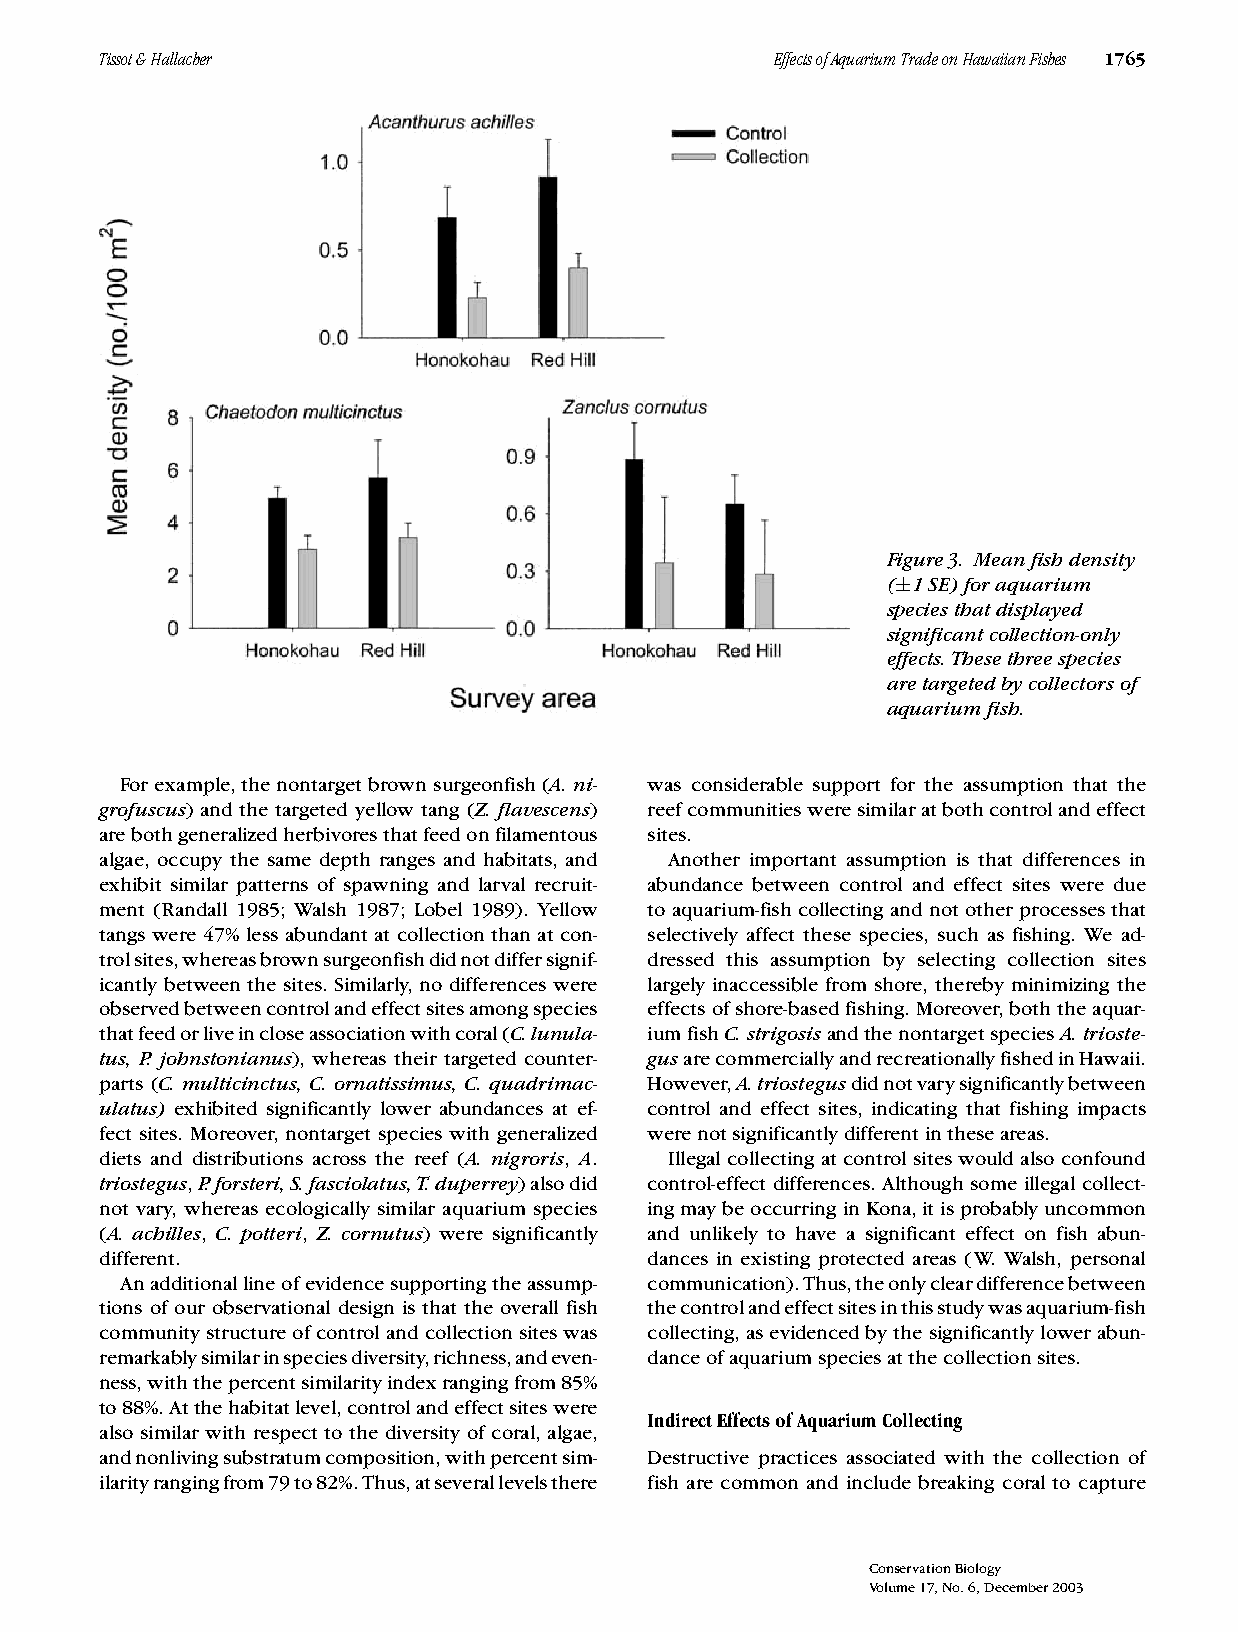
Tissot&Hallacher                            EffectsofAquariumTradeonHawaiianFishes 1765
 Figure3. Meanfishdensity
 (±1SE)foraquarium
 speciesthatdisplayed
 significantcollection-only
 effects.Thesethreespecies
 aretargetedbycollectorsof
 aquariumfish.
 For example, the nontarget brown surgeonfish (A. ni- was considerable support for the assumption that the
 grofuscus) and the targeted yellow tang (Z. flavescens) reefcommunitiesweresimilaratbothcontrolandeffect
 arebothgeneralizedherbivoresthatfeedonfilamentous sites.
 algae, occupy the same depth ranges and habitats, and Another important assumption is that differences in
 exhibit similar patterns of spawning and larval recruit- abundance between control and effect sites were due
 ment (Randall 1985; Walsh 1987; Lobel 1989). Yellow to aquarium-fish collecting and not other processes that
 tangs were 47% less abundant at collection than at con- selectively affect these species, such as fishing. We ad-
 trolsites,whereasbrownsurgeonfishdidnotdiffersignif- dressed this assumption by selecting collection sites
 icantly between the sites. Similarly, no differences were largely inaccessible from shore, thereby minimizing the
 observedbetweencontrolandeffectsitesamongspecies effectsofshore-basedfishing.Moreover,boththeaquar-
 thatfeedorliveincloseassociationwithcoral(C.lunula- iumfishC.strigosisandthenontargetspeciesA.trioste-
 tus, P. johnstonianus), whereas their targeted counter- gusarecommerciallyandrecreationallyfishedinHawaii.
 parts (C. multicinctus, C. ornatissimus, C. quadrimac- However,A.triostegusdidnotvarysignificantlybetween
 ulatus) exhibited significantly lower abundances at ef- control and effect sites, indicating that fishing impacts
 fect sites. Moreover, nontarget species with generalized werenotsignificantlydifferentintheseareas.
 diets and distributions across the reef (A. nigroris, A. Illegal collecting at control sites would also confound
 triostegus,P.forsteri,S.fasciolatus,T.duperrey)alsodid control-effect differences. Although some illegal collect-
 not vary, whereas ecologically similar aquarium species ingmaybeoccurringinKona,itisprobablyuncommon
 (A. achilles, C. potteri, Z. cornutus) were significantly and unlikely to have a significant effect on fish abun-
 different.                          dances in existing protected areas (W. Walsh, personal
 Anadditionallineofevidencesupportingtheassump- communication).Thus,theonlycleardifferencebetween
 tions of our observational design is that the overall fish thecontrolandeffectsitesinthisstudywasaquarium-fish
 communitystructureofcontrolandcollectionsiteswas collecting,asevidencedbythesignificantlylowerabun-
 remarkablysimilarinspeciesdiversity,richness,andeven- danceofaquariumspeciesatthecollectionsites.
 ness,withthepercentsimilarityindexrangingfrom85%
 to88%.Atthehabitatlevel,controlandeffectsiteswere
 IndirectEffectsofAquariumCollecting
 also similar with respect to the diversity of coral, algae,
 andnonlivingsubstratumcomposition,withpercentsim- Destructive practices associated with the collection of
 ilarityrangingfrom79to82%.Thus,atseverallevelsthere fish are common and include breaking coral to capture
 ConservationBiology
 Volume17,No.6,December2003